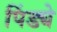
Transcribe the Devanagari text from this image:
पिंड्ये